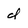
Character: d